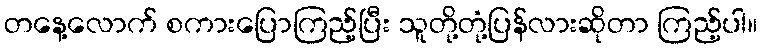
တနေ့လောက် စကားပြောကြည့်ပြီး သူတို့တုံ့ပြန်လားဆိုတာ ကြည့်ပါ။